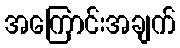
အကြောင်းအချက်